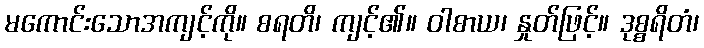
မကောင်းသောအကျင့်ကို။ စရတိ၊ ကျင့်၏။ ဝါစာယ၊ နှုတ်ဖြင့်။ ဒုစ္စရိတံ၊